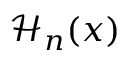
\mathcal { H } _ { n } ( x )